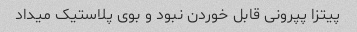
پیتزا پپرونی قابل خوردن نبود و بوی پلاستیک میداد